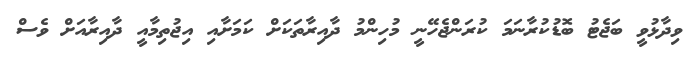
ވިދާޅުވީ ބަޖެޓު ބޮޑުކުރާނަމަ ކުރަންޖެހޭނީ މުހިންމު ދާއިރާތަކަށް ކަމަށާއި އިޖުތިމާއީ ދާއިރާއަށް ވެސް